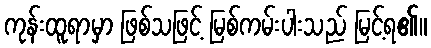
ကုန်းထူရာမှာ ဖြစ်သဖြင့် မြစ်ကမ်းပါးသည် မြင့်ရ၏။